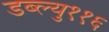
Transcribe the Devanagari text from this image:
डब्ल्यु११६